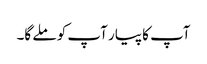
آپ کا پیار آپ کو ملے گا۔